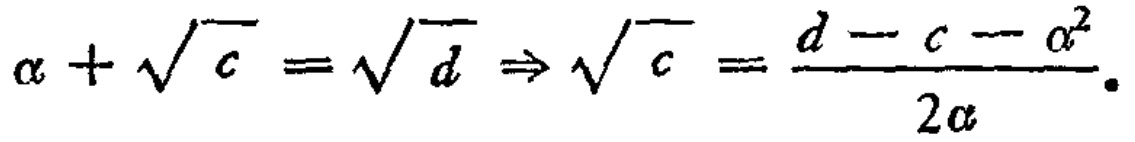
\(a + \sqrt{c} = \sqrt{d} \Rightarrow \sqrt{c} = \frac{d - c - a^{2}}{2a}\)